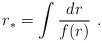
\begin{align*}r_{\ast }=\int \frac{dr}{f(r)}\ . \end{align*}